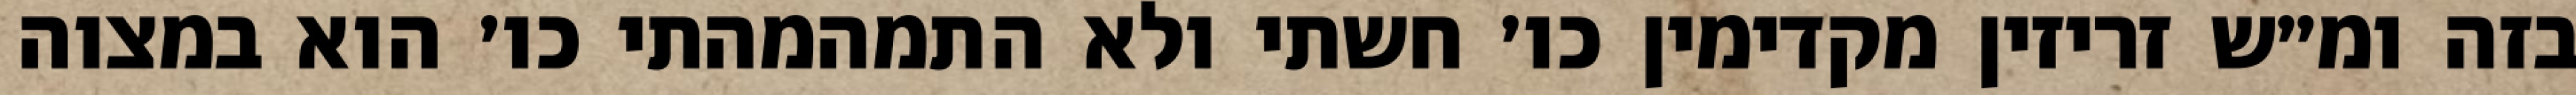
בזה ומ״ש זריזין מקדימין כו׳ חשתי ולא התמהמהתי כו׳ הוא במצוה